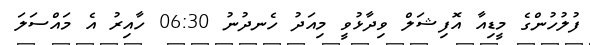
ފުލުހުންގެ މީޑިއާ އޮފިޝަލް ވިދާޅުވީ މިއަދު ހެނދުނު 06:30 ހާއިރު އެ މައްސަލަ